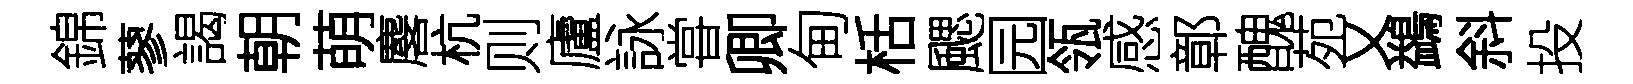
錦蓼謁朝萌麐杭则廬詠甞卿甸栝颸园瓴感鄣醜苑又鷁斜投